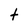
Character: t